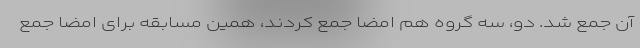
آن جمع شد. دو، سه گروه هم امضا جمع کردند، همین مسابقه برای امضا جمع